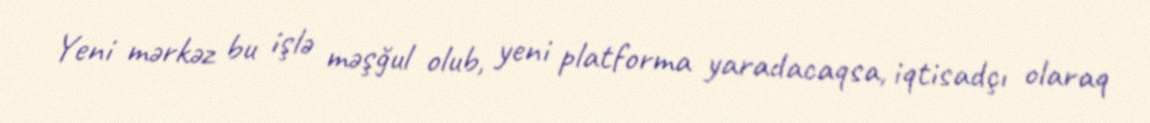
Yeni mərkəz bu işlə məşğul olub, yeni platforma yaradacaqsa, iqtisadçı olaraq